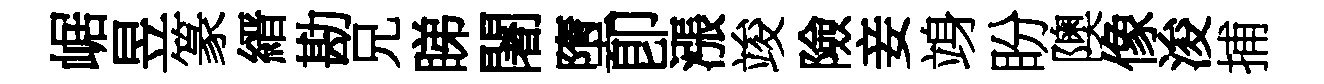
崌昱篆縉勘兄睇闍墮卽漲竣險妾竧盼隩像浚捕